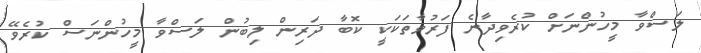
ލަސްވާ މީހުންނަށް ކުރެވިދާނެ ފަރުވާތަކަކީ ކޮބާ ދަރިން ލިބުން ލަސްވާ މީހުންނަސް ކުރެވޭ